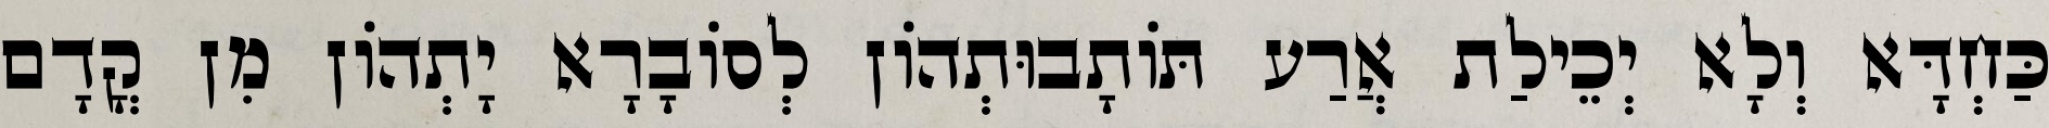
כַּחְדָּא וְלָא יְכֵילַת אֲרַע תּוֹתָבוּתְהוֹן לְסוֹבָרָא יָתְהוֹן מִן קֳדָם